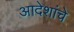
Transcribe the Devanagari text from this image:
आदेशांचे